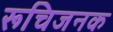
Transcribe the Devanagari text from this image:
रूचिजनक